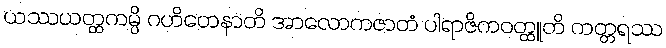
ယဿယတ္ထကမ္ပိ ဂဟိတေနာတိ အာလောကဇာတံ ပါရာဇိကဝတ္ထူတိ ကတ္တရဿ